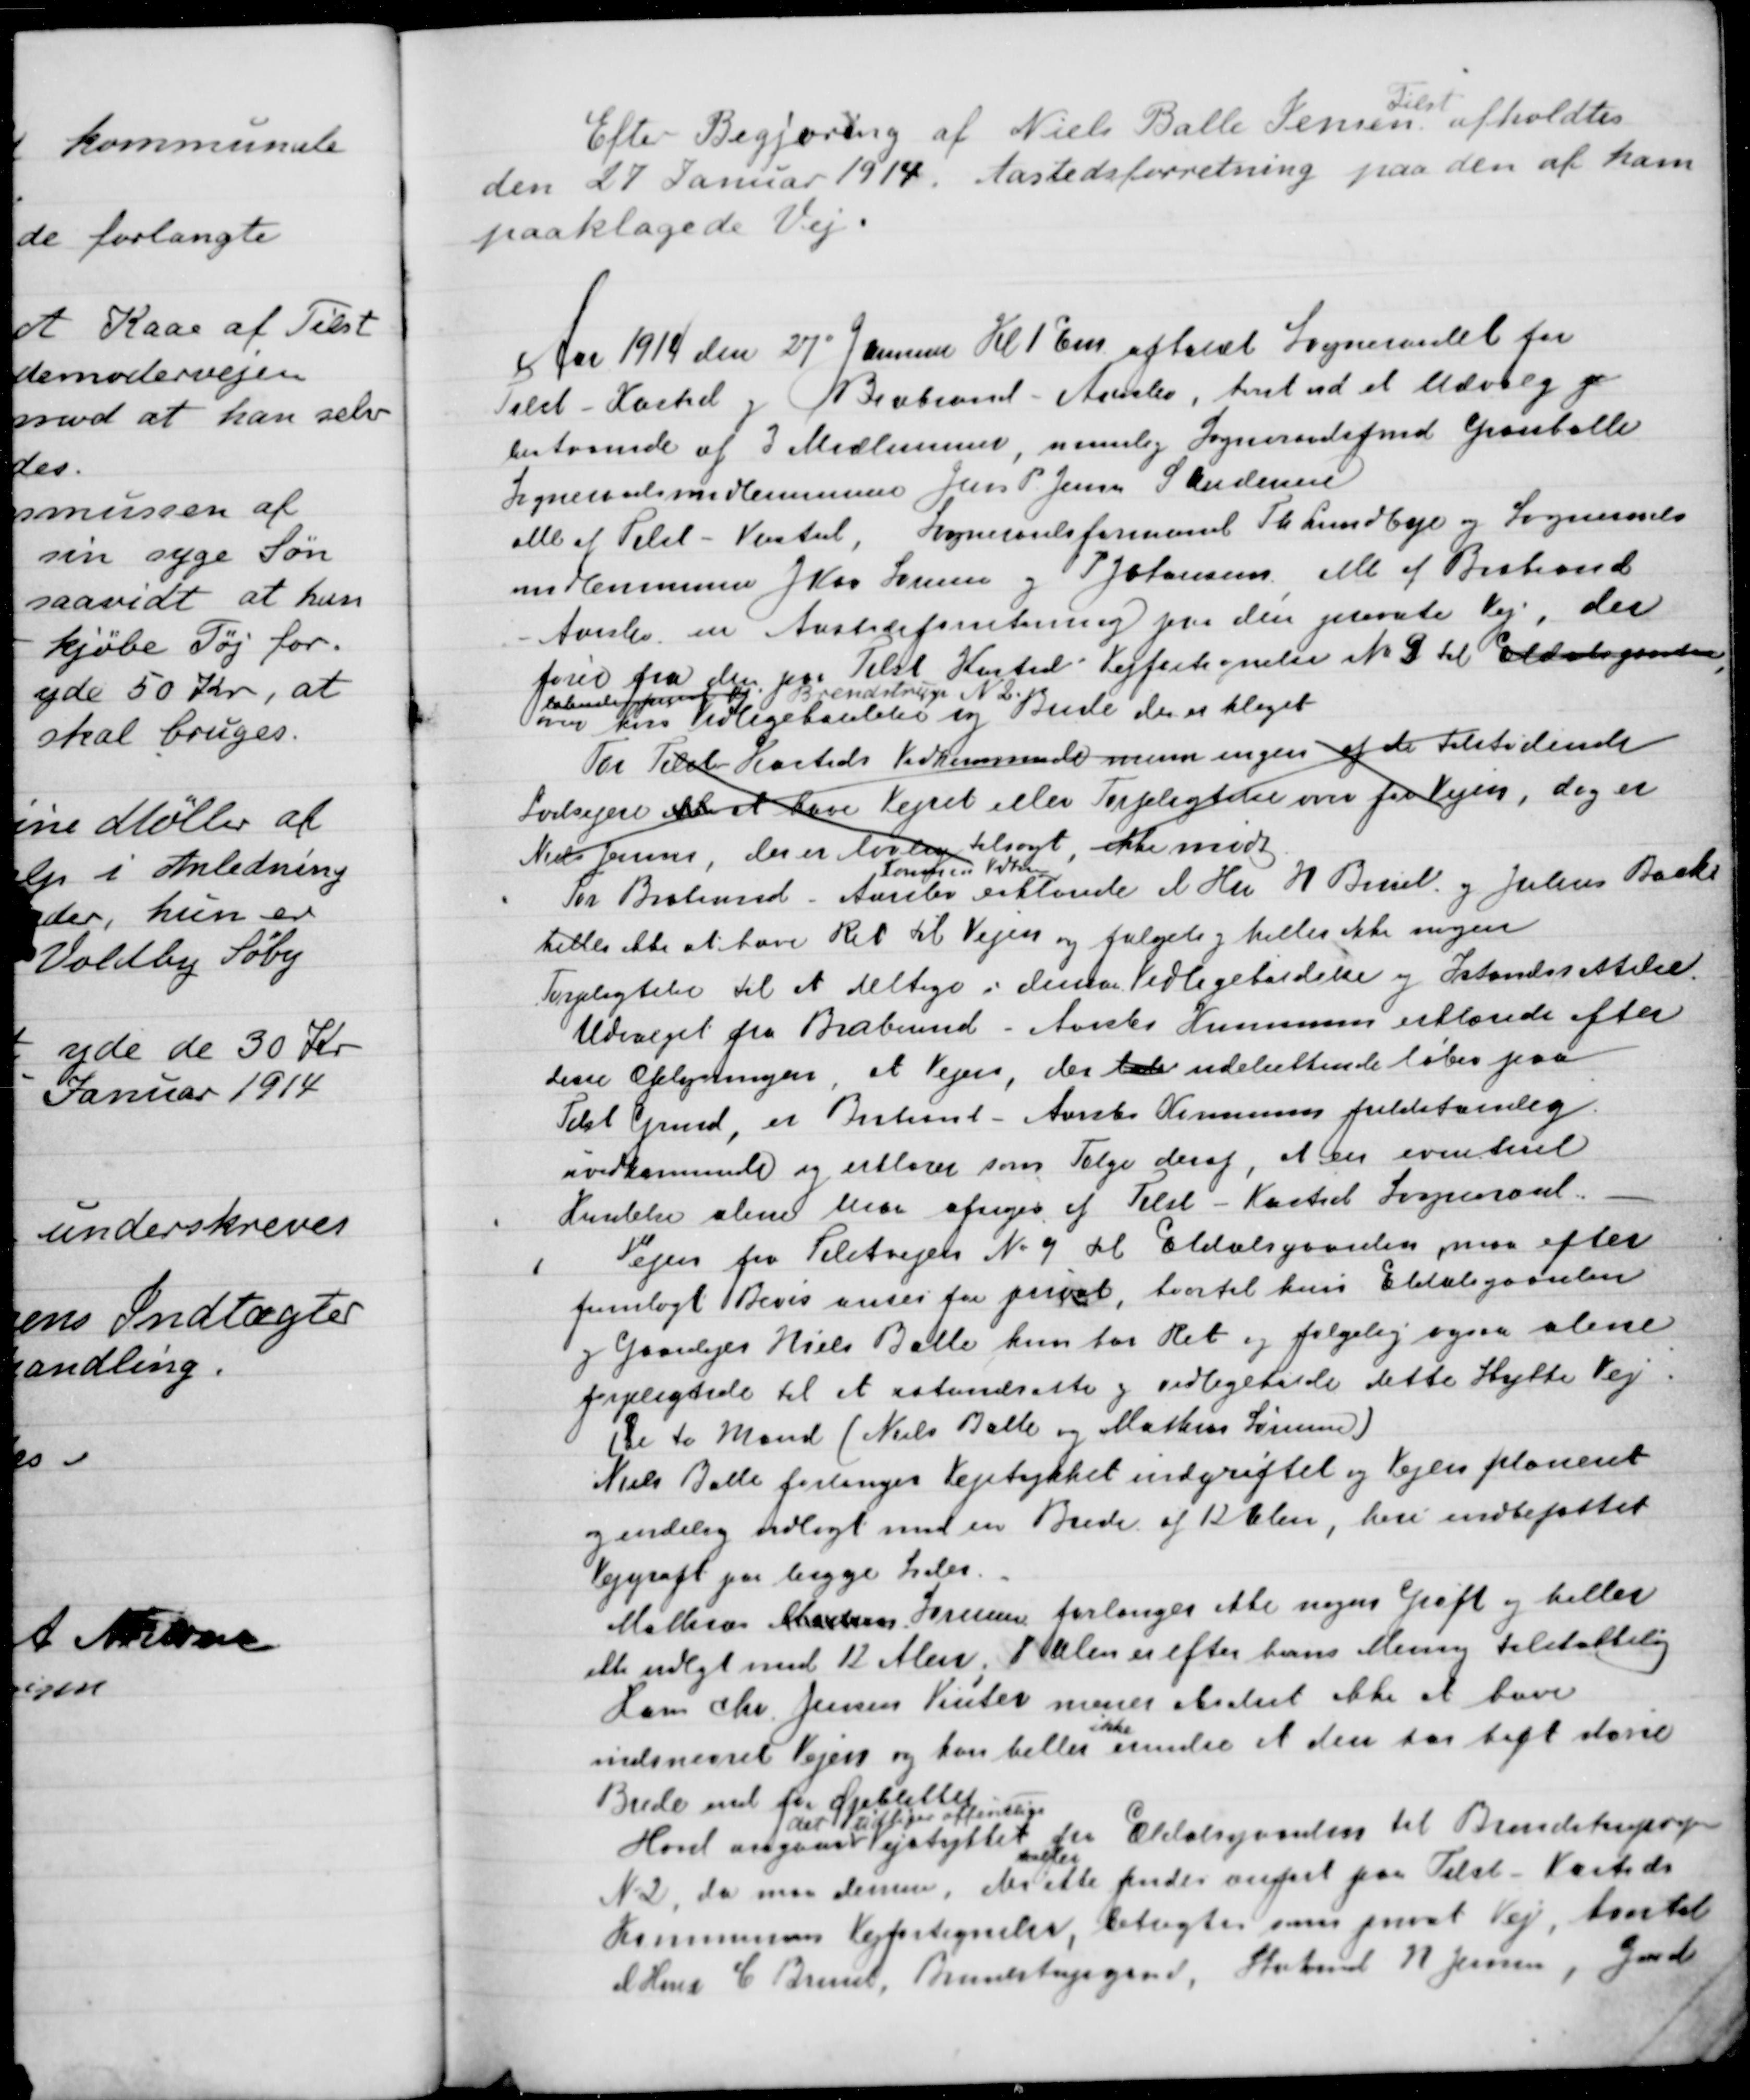
Transskription:
Efter Begjæring af Niels Balle Jensen
Tilst
afholdtes
den 27 Januar 1914. Aastedsforretning paa den af ham
paaklagede Vej.
Aar 1919 den 27' Januar Kl 1 Em. afholdt Sogneraadet for
Tilst - Kasted og Bevbrand - Aales, beret ud et Udvalg
bestaaende af 3 Medlemmer, nemlig Sogneraadsfmd Grauballe
Sogneraadsmedlemmerne Jens P Jensen S Andersen
Alle af Tilst - Kasted, Sogneraadsformand Th. Lundbye og Sogneraads-
medlemmerne J Kaa Larsen og P. Johansen alle af Brabrand
Aarslev en Aastedsforretning paa den private Vej, der
fører fra den paa Tilst Kasted Vejfortegnelse N 9til Eldalsgaarden
løbende privat Vej Brendstrup N2
over hvis Vedligeholdelse og Bredde der er klaget
For Tilst Kasteds Vedkommende mener ingen af de tilstødende
Lodsejere ikke at have Vejret eller Forpligter over for Vejen, dog er
Niels Jensen, der er lovlig tilsagt ikke mødt
Tommen Udtal
For Brabrand
Aarslev erklærede d Her J Brüel og Julius Back
heller ikke at have Ret til Vejen og følgelig heller ikke ingen
Forpligtelse til at deltage i dennes Vedligeholdelse og Istandsrettelse.
Udvalget fra Brabrund - Aviske Hummune erklærede efter
disse Oplysninger, at Vejen, der tale udelettende løber paa
Tilst Grund, er Brabrand-Aarslev Kommune fuldstændig
uvedkommende og erklærer som Følge deraf, at en eventuel
Kendelse alene maa afsiges af Tilst - Kasted Sogneraad.
1
Vejen fra Tilstvejens No 9 til Eldalsgaarden, maa efter
fremlagt Bevis anses for privat, hvortil kun Eldalsgaarden
og Gaardejer Niels Balle kun har Ret og følgelig ogsaa alene
forpligtede til et istandsette og vedligeholde dette Stykke Vej.
De to Mand (Niels Balle og Mathias Sørensen)
Niels Balle forlanges Vejstykket indgrøftet og Vejen planeret
og endelig vedlagt med en Brede af 12 Alen, heri indbefattet
Vejgrøft paa begge Sides.
Mathias Madsen Sørensen forlanger ikke nogen Grøft og heller
elle udlgt med 12 Alen, 8 alen er efter hans Mening tilstrækkelig
Hans Chr. Jensen Vinter mener bestemt ikke at have
indsnævret Vejen og kan heller
ikke
erindre et den har haft større
Brede end for Øjeblikket-
Hvad angaar Vejstykket Eldalsgaarden til Brendstrupvejen
det tidligere offentlige
fra
N 2, da maa denne, der heller ikke findes anført paa Tilst-Kasteds
Kommunens Vejfortegnelse, betragtes som privat Vej, hvortil
d Herrer C. Brüel, Brendstupgaard, Stahmd N Jensen, Gade